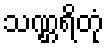
သဏ္ဌရိတုံ